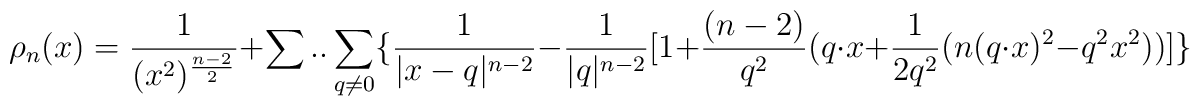
\rho_{n}(x)=\frac{1}{(x^{2})^{\frac{n-2}{2}}}+\sum..\sum_{q\neq 0}\{\frac{1}{|x-q|^{n-2}}-\frac{1}{|q|^{n-2}}[1+\frac{(n-2)}{q^{2}}(q\cdot x+\frac{1}{2q^{2}}(n(q\cdot x)^2-q^{2}x^{2}))]\}